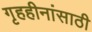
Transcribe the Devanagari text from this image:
गृहहीनांसाठी